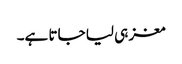
مغز ہی لیا جاتا ہے۔